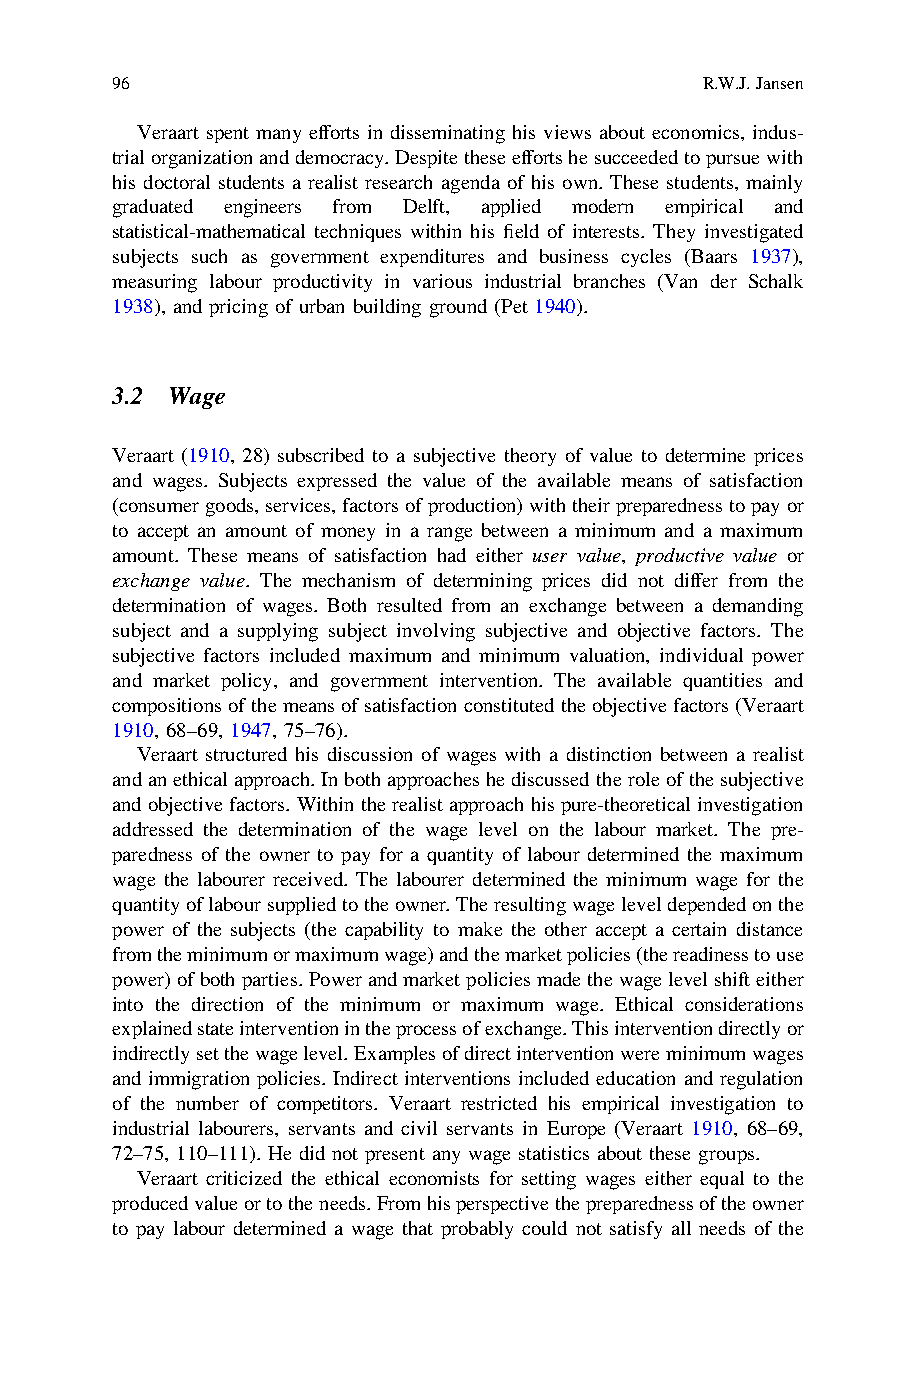
96                                     R.W.J.Jansen
 Veraart spent many efforts in disseminating his views about economics, indus-
 trialorganizationanddemocracy.Despitetheseeffortshesucceededtopursuewith
 his doctoral students a realist research agenda of his own. These students, mainly
 graduated engineers from Delft, applied modern empirical and
 statistical-mathematical techniques within his field of interests. They investigated
 subjects such as government expenditures and business cycles (Baars 1937),
 measuring labour productivity in various industrial branches (Van der Schalk
 1938), and pricing of urban building ground (Pet 1940).
 3.2 Wage
 Veraart (1910, 28) subscribed to a subjective theory of value to determine prices
 and wages. Subjects expressed the value of the available means of satisfaction
 (consumergoods,services,factorsofproduction)withtheirpreparednesstopayor
 to accept an amount of money in a range between a minimum and a maximum
 amount. These means of satisfaction had either user value, productive value or
 exchange value. The mechanism of determining prices did not differ from the
 determination of wages. Both resulted from an exchange between a demanding
 subject and a supplying subject involving subjective and objective factors. The
 subjective factors included maximum and minimum valuation, individual power
 and market policy, and government intervention. The available quantities and
 compositionsofthemeans ofsatisfactionconstituted theobjectivefactors(Veraart
 1910, 68–69, 1947, 75–76).
 Veraart structured his discussion of wages with a distinction between a realist
 andanethicalapproach.Inbothapproacheshediscussedtheroleofthesubjective
 and objective factors. Within the realist approach his pure-theoretical investigation
 addressed the determination of the wage level on the labour market. The pre-
 paredness of the owner to pay for a quantity of labour determined the maximum
 wage the labourer received. The labourer determined the minimum wage for the
 quantityoflaboursuppliedtotheowner.Theresultingwageleveldependedonthe
 power of the subjects (the capability to make the other accept a certain distance
 fromtheminimumormaximumwage)andthemarketpolicies(thereadinesstouse
 power)ofbothparties.Power andmarketpoliciesmade thewage levelshift either
 into the direction of the minimum or maximum wage. Ethical considerations
 explainedstateinterventionintheprocessofexchange.Thisinterventiondirectlyor
 indirectlysetthewagelevel.Examplesofdirectinterventionwereminimumwages
 and immigration policies. Indirect interventions included education and regulation
 of the number of competitors. Veraart restricted his empirical investigation to
 industrial labourers, servants and civil servants in Europe (Veraart 1910, 68–69,
 72–75, 110–111). He did not present any wage statistics about these groups.
 Veraart criticized the ethical economists for setting wages either equal to the
 producedvalueortotheneeds.Fromhisperspectivethepreparednessoftheowner
 to pay labour determined a wage that probably could not satisfy all needs of the